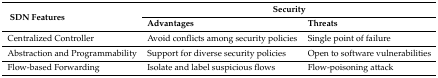
<table><thead><tr><td rowspan="2"><b>SDN Features</b></td><td colspan="2"><b>Security</b></td></tr><tr><td><b>Advantages</b></td><td><b>Threats</b></td></tr></thead><tbody><tr><td>Centralized Controller</td><td>Avoid conflicts among security policies</td><td>Single point of failure</td></tr><tr><td>Abstraction and Programmability</td><td>Support for diverse security policies</td><td>Open to software vulnerabilities</td></tr><tr><td>Flow-based Forwarding</td><td>Isolate and label suspicious flows</td><td>Flow-poisoning attack</td></tr></tbody></table>